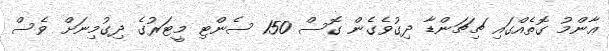
ޢާންމު ގޮތެއްގައި ޗިޗަންޑާ ދިގުވެގެން ގޮސް 150 ސެންޓި މީޓަރުގެ ދިގުމިނަށް ވެސް